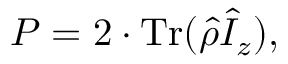
P = 2 \cdot \mathrm { T r } ( \hat { \rho } \hat { I } _ { z } ) ,